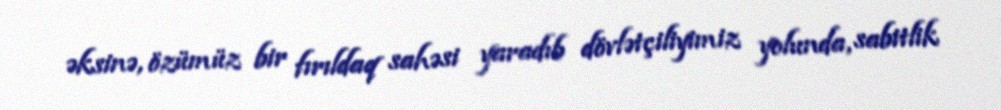
əksinə, özümüz bir fırıldaq sahəsi yaradıb dövlətçiliyimiz yolunda, sabitlik